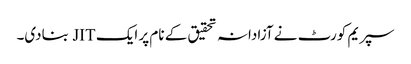
سپریم کورٹ نے آزادانہ تحقیق کے نام پر ایک JIT بنادی۔